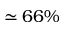
\simeq 6 6 \%